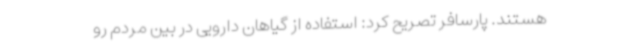
هستند. پارسافر تصریح کرد: استفاده از گیاهان دارویی در بین مردم رو